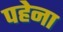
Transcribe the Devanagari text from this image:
पहेना